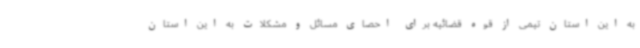
به این استان تیمی از قوه قضائیه برای احصای مسائل و مشکلات به این استان